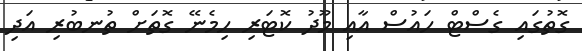
ގޮތުގައި ގެސްޓް ހައުސް އާއި މޫދު ކޮޓަރި ހިމެނޭ ގޮތަށް ތުނބުރި އަދި